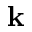
\mathbf { k }